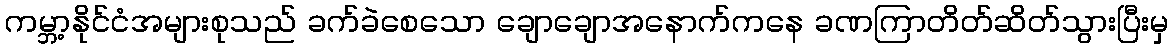
ကမ္ဘာ့နိုင်ငံအများစုသည် ခက်ခဲစေသော ချောချောအနောက်ကနေ ခဏကြာတိတ်ဆိတ်သွားပြီးမှ